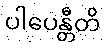
ပါပေန္တီတိ